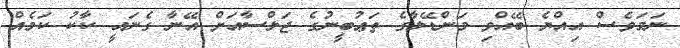
ނަމަވެސް އިއްޔެ ބޭއްވި މަންޑޭލާގެ ތަޢުބީނުގެ ޖަލްސާއަށް އޭނާ ގެނައީ ކާކު ކަމެއް